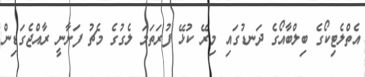
އެތްލެޓިކޯގެ ބިލްބާއޯގެ ދަނޑުގައި މިރޭ ކުޅޭ ފުރަތަމަ ލެގުގެ މެޗު ފަށާނީ ރާއްޖެގަޑިން